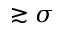
\gtrsim \sigma